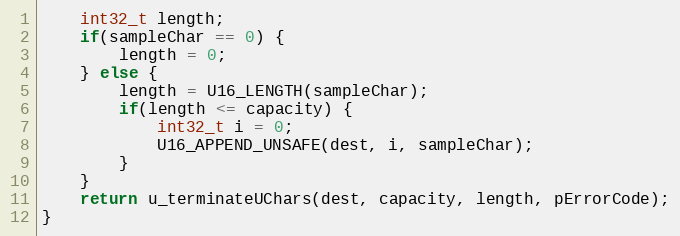
Language: C++
    int32_t length;
    if(sampleChar == 0) {
        length = 0;
    } else {
        length = U16_LENGTH(sampleChar);
        if(length <= capacity) {
            int32_t i = 0;
            U16_APPEND_UNSAFE(dest, i, sampleChar);
        }
    }
    return u_terminateUChars(dest, capacity, length, pErrorCode);
}